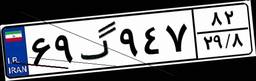
۵۲گ۴۸۸۱۵